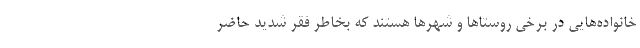
خانواده‌‌هایی در برخی روستاها و شهرها هستند که بخاطر فقر شدید حاضر